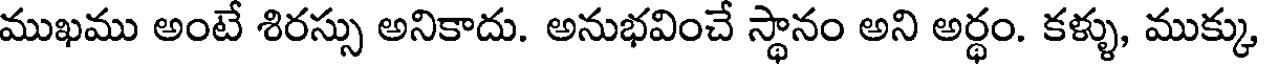
ముఖము అంటే శిరస్సు అనికాదు. అనుభవించే స్థానం అని అర్థం. కళ్ళు, ముక్కు